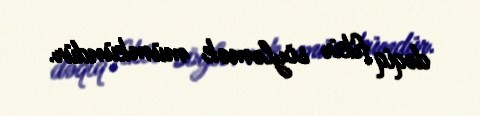
dəqiq fikir söyləmək mümkündür.